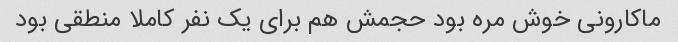
ماکارونی خوش مره بود حجمش هم برای یک نفر کاملا منطقی بود